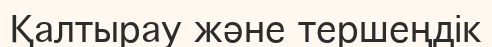
Қалтырау және тершеңдік